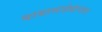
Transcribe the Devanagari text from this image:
बाबासाहेबांनंतर